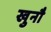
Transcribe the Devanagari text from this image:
खुनौ